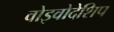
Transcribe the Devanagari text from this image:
वोइवोदेशिप